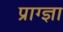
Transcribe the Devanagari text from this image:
प्राग्ज्ञा